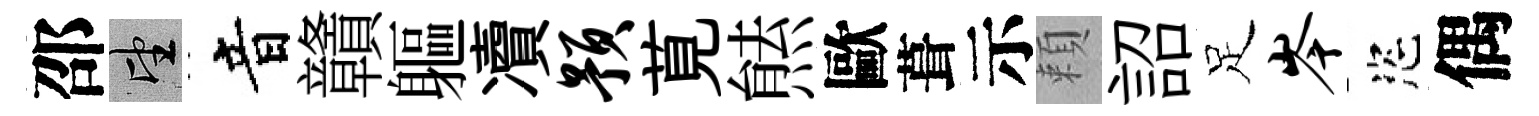
邵望音贛軀凟预莧㷱歐葺示頼詔足岑恣偶